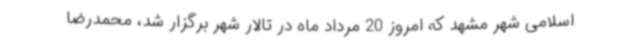
اسلامی شهر مشهد که امروز 20 مرداد ماه در تالار شهر برگزار شد، محمدرضا